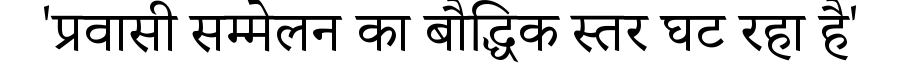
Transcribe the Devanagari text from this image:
'प्रवासी सम्मेलन का बौद्धिक स्तर घट रहा है'